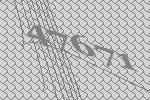
47671